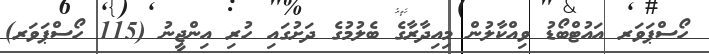
ހޯސްޕަވަރ އައުޓްބޯޑު ވިއްކާލުން މިއިދާރާގެ ބެލުމުގެ ދަށުގައި ހުރި އިންޖީނު (115 ހޯސްޕަވަރ)